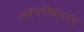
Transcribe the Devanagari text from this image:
नवपरिवर्तन